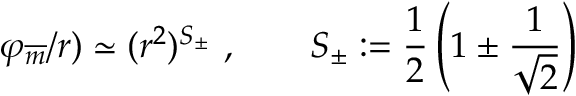
\varphi _ { \overline { { { m } } } } / r ) \simeq ( r ^ { 2 } ) ^ { S _ { \pm } } \ , \qquad S _ { \pm } : = \frac { 1 } { 2 } \left( 1 \pm \frac { 1 } { \sqrt { 2 } } \right)